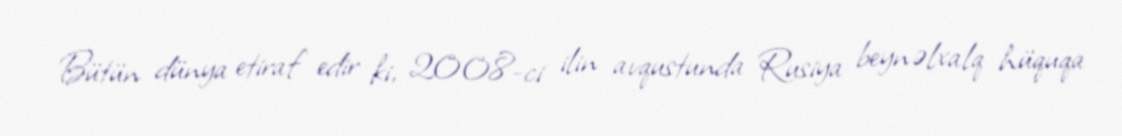
Bütün dünya etiraf edir ki, 2008-ci ilin avqustunda Rusiya beynəlxalq hüquqa